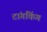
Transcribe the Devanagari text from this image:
टांगकिंग